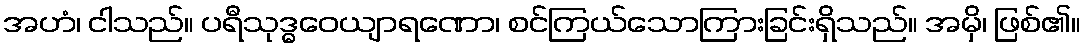
အဟံ၊ ငါသည်။ ပရီသုဒ္ဓဝေယျာရဏော၊ စင်ကြယ်သောကြားခြင်းရှိသည်။ အမှိ၊ ဖြစ်၏။